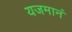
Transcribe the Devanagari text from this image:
यजमानं